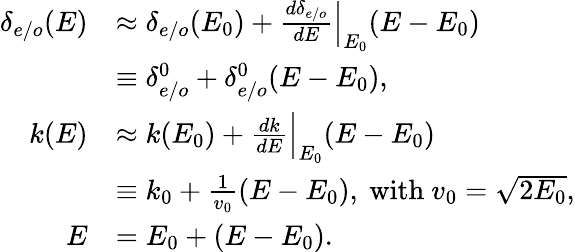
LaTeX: \begin{array}{rl}{\delta_{e/o}(E)}&{\approx\delta_{e/o}(E_{0})+\frac{d\delta_{e/o}}{dE}\Big|_{E_{0}}(E-E_{0})}\\ &{\equiv\delta_{e/o}^{0}+\delta_{e/o}^{0}(E-E_{0}),}\\ {k(E)}&{\approx k(E_{0})+\frac{dk}{dE}\Big|_{E_{0}}(E-E_{0})}\\ &{\equiv k_{0}+\frac 1{v_{0}}(E-E_{0}),\ \textrm{with}\ v_{0}=\sqrt{2E_{0}},}\\ {E}&{=E_{0}+(E-E_{0}).}\end{array}